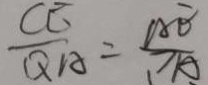
\frac { C E } { Q A } = \frac { A E } { P A }